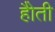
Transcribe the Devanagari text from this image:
हैोती